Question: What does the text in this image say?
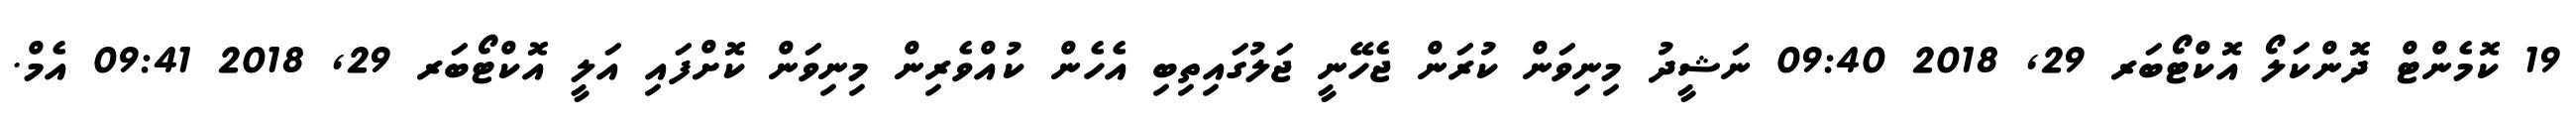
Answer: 19 ކޮމެންޓް ދޮންކަލޯ އޮކްޓޯބަރ 29, 2018 09:40 ނަޝީދު މިނިވަން ކުރަން ޖެހޭނީ ޖަލުގައިތިބި އެހެން ކުއްވެރިން މިނިވަން ކޮށްފައި އަލީ އޮކްޓޯބަރ 29, 2018 09:41 އެމް.